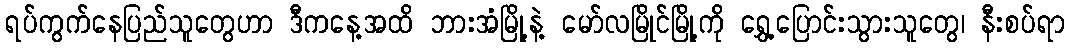
ရပ်ကွက်နေပြည်သူတွေဟာ ဒီကနေ့အထိ ဘားအံမြို့နဲ့ မော်လမြိုင်မြို့ကို ရွှေ့ပြောင်းသွားသူတွေ၊ နီးစပ်ရာ